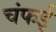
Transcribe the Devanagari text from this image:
चंफई